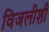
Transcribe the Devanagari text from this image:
विजलीशी